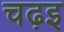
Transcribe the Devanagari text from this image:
चढ़इ